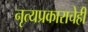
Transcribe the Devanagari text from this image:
नृत्यप्रकाराचेही